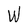
Character: W